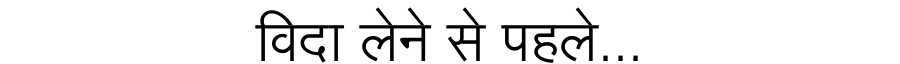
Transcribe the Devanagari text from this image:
विदा लेने से पहले...